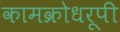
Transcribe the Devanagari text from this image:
कामक्रोधरूपी